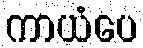
ကာယံပေ